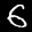
Label: 6